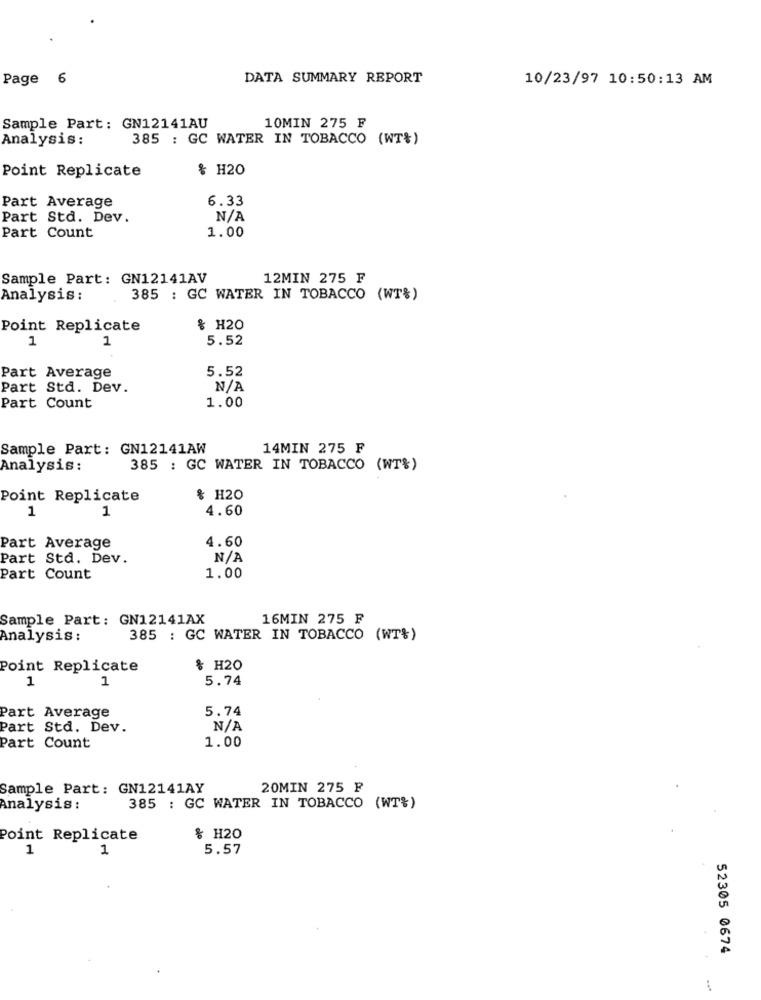
Page
6
DATA SUMMARY REPORT
10/23/97 10:50:13 AM
Sample Part: GN12141AU
10MIN 275 F
Analysis :
385 : GC WATER IN TOBACCO (WT&)
Point Replicate
& H20
6.33
Part Average
Part Std. Dev.
Part Count
1.00
Sample Part: GN12141AV
12MIN 275 F
Analysis :
385 : GC WATER IN TOBACCO (WT%)
Point Replicate
& H20
1
1
5.52
Part Average
5.52
Part Std. Dev.
Part Count
1.00
Sample Part: GN12141AW
14MIN 275 F
Analysis:
385 : GC WATER IN TOBACCO (WT%)
Point Replicate
& H20
4.60
1
1
4.60
Part Average
Part Std. Dev.
Part Count
1.00
Sample Part: GN12141AX
16MIN 275 F
Analysis:
385 : GC WATER IN TOBACCO (WT%)
Point Replicate
% H20
1
1
5.74
5.74
Part Average
Part Std. Dev.
1.00
Part Count
Sample Part: GN12141AY
20MIN 275 F
Analysis :
385 : GC WATER IN TOBACCO (WT%)
Point Replicate
% H20
1
1
5.57
52305 0674